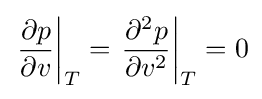
\left.{\frac {\partial p}{\partial v}}\right\vert _{T}=\left.{\frac {\partial ^{2}p}{\partial v^{2}}}\right\vert _{T}=0